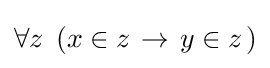
\forall z\,\left.(x\in z\right.\rightarrow \left.y\in z\right.)